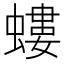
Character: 螻